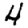
Digit: 4